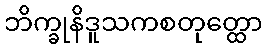
ဘိက္ခုနိဒူသကစတုတ္ထော